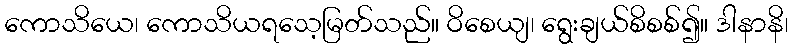
ကောသိယေ၊ ကောသိယရသေ့မြတ်သည်။ ဝိစေယျ၊ ရွေးချယ်စိစစ်၍။ ဒါနာနိ၊